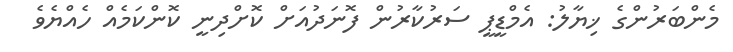
މެންބަރުންގެ ޚިޔާލު: އެމްޑީޕީ ސަރުކާރުން ފޮނަދުއަށް ކޮށްދިނީ ކޮންކަމެއް ހެއްޔެވެ